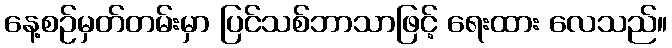
နေ့စဉ်မှတ်တမ်းမှာ ပြင်သစ်ဘာသာဖြင့် ရေးထား လေသည်။